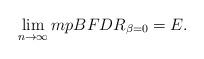
LaTeX: \begin{align*}\lim_{n\rightarrow\infty} mpBFDR_{\beta=0}= E.\end{align*}